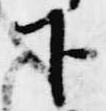
下